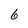
Character: 6